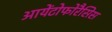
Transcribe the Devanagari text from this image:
आयेंटोफोरैसिस